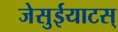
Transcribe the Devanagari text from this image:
जेसुईयाटस्